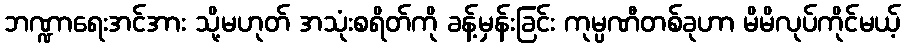
ဘဏ္ဍာရေးအင်အား သို့မဟုတ် အသုံးစရိတ်ကို ခန့်မှန်းခြင်း ကုမ္ပဏီတစ်ခုဟာ မိမိလုပ်ကိုင်မယ့်